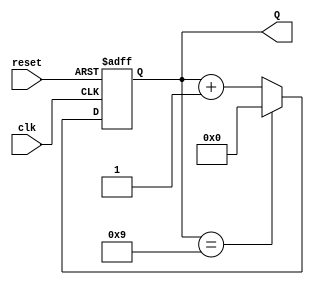
module DecadeCounter (
    input wire clk,        // Clock input
    input wire reset,      // Asynchronous reset input
    output reg [3:0] Q     // 4-bit counter output
);

// Always block for counter operation
always @(posedge clk or posedge reset) begin
    if (reset) begin
        Q <= 4'b0000;      // Reset the counter to 0
    end else begin
        if (Q == 4'b1001) begin
            Q <= 4'b0000;  // Reset to 0 when reaching 10 (1010)
        end else begin
            Q <= Q + 1;    // Increment the counter
        end
    end
end

endmodule